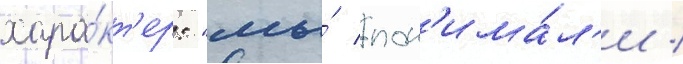
хара́кт'ер: "мы́ пон'има́л'и /